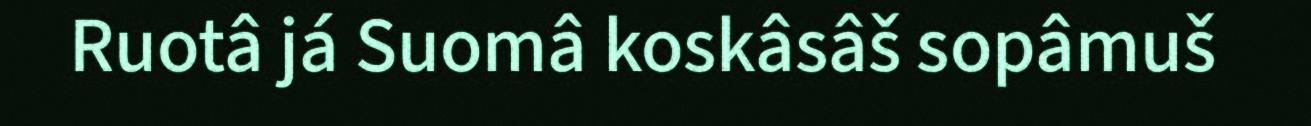
Ruotâ já Suomâ koskâsâš sopâmuš